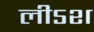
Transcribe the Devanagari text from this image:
लीऽश